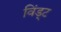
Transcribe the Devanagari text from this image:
विंड्ट